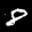
Label: 8